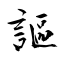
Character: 謳